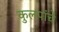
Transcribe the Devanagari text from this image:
कुलपांचे